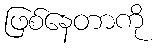
ဖြစ်နေတာကို